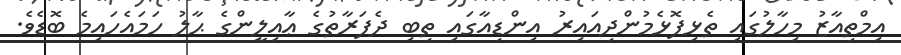
އިމްތިއާޒު މިހާލުގައި ތެޅިފޮޅެމުންދިއައިރު އިންޑިއާގައި ތިބި ދެފަރާތުގެ ޢާއިލީންގެ ޙާލު ހަމައެހައިމެ ބޮޑެވެ.